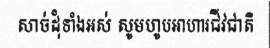
សាច់ដុំទាំងអស់ សូមហូបអាហារជីវជាតិ